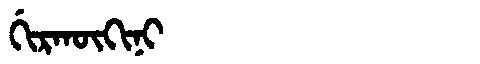
Manchu: ᡤᡳᡵᡴᡡᡴᡳᠨᡳ
Romanization: GIRKŪKINI